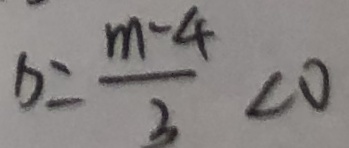
b = \frac { m - 4 } { 3 } < 0